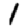
Digit: 1